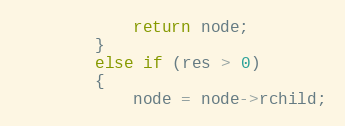
Language: C
			return node;
		}
		else if (res > 0)
		{
			node = node->rchild;